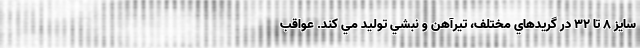
سايز 8 تا 32 در گريدهاي مختلف، تيرآهن و نبشي توليد مي کند. عواقب